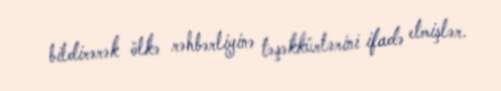
bildirərək ölkə rəhbərliyinə təşəkkürlərini ifadə etmişlər.